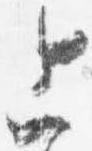
上